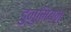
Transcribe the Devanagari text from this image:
डुनुमियन